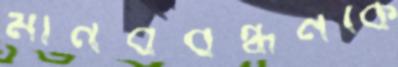
মানববন্ধনকে